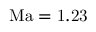
\mathrm { { M a } = 1 . 2 3 }